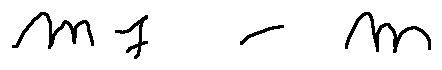
m _ { 1 } - m